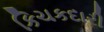
કિચકદારી